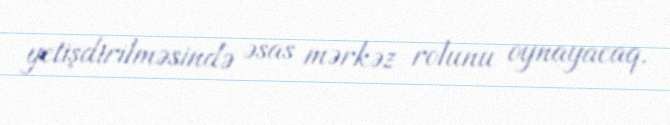
yetişdirilməsində əsas mərkəz rolunu oynayacaq.